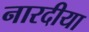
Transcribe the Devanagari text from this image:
नारदीया